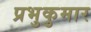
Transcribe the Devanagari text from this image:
प्रभुकुमार